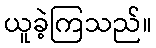
ယူခဲ့ကြသည်။